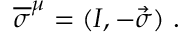
{ \overline { { \sigma } } } ^ { \mu } = ( I , - { \vec { \sigma } } ) ~ .